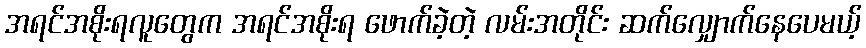
အရင်အစိုးရလူတွေက အရင်အစိုးရ ဖောက်ခဲ့တဲ့ လမ်းအတိုင်း ဆက်လျှောက်နေပေမယ့်